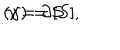
LaTeX: ( \gamma ) = [ S ] , \hspace { 5 m m } \gamma = \partial S